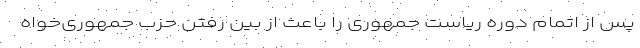
پس از اتمام دوره ریاست جمهوری را باعث از بین رفتن حزب جمهوری‌خواه